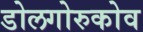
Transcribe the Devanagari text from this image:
डोलगोरुकोव